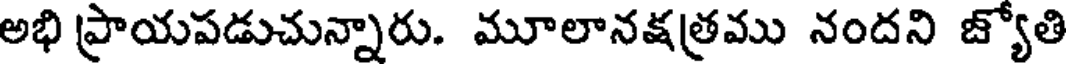
అభి ప్రాయపడుచున్నారు. మూలానక్షత్రము నందని జ్యోతి